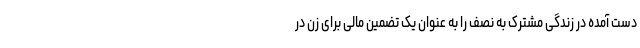
دست آمده در زندگی مشترک به نصف را به عنوان یک تضمین مالی برای زن در